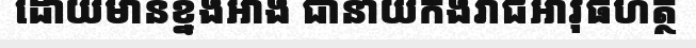
ដោយមានខ្នងអាង ជានាយកងរាជអាវុធហត្ថ